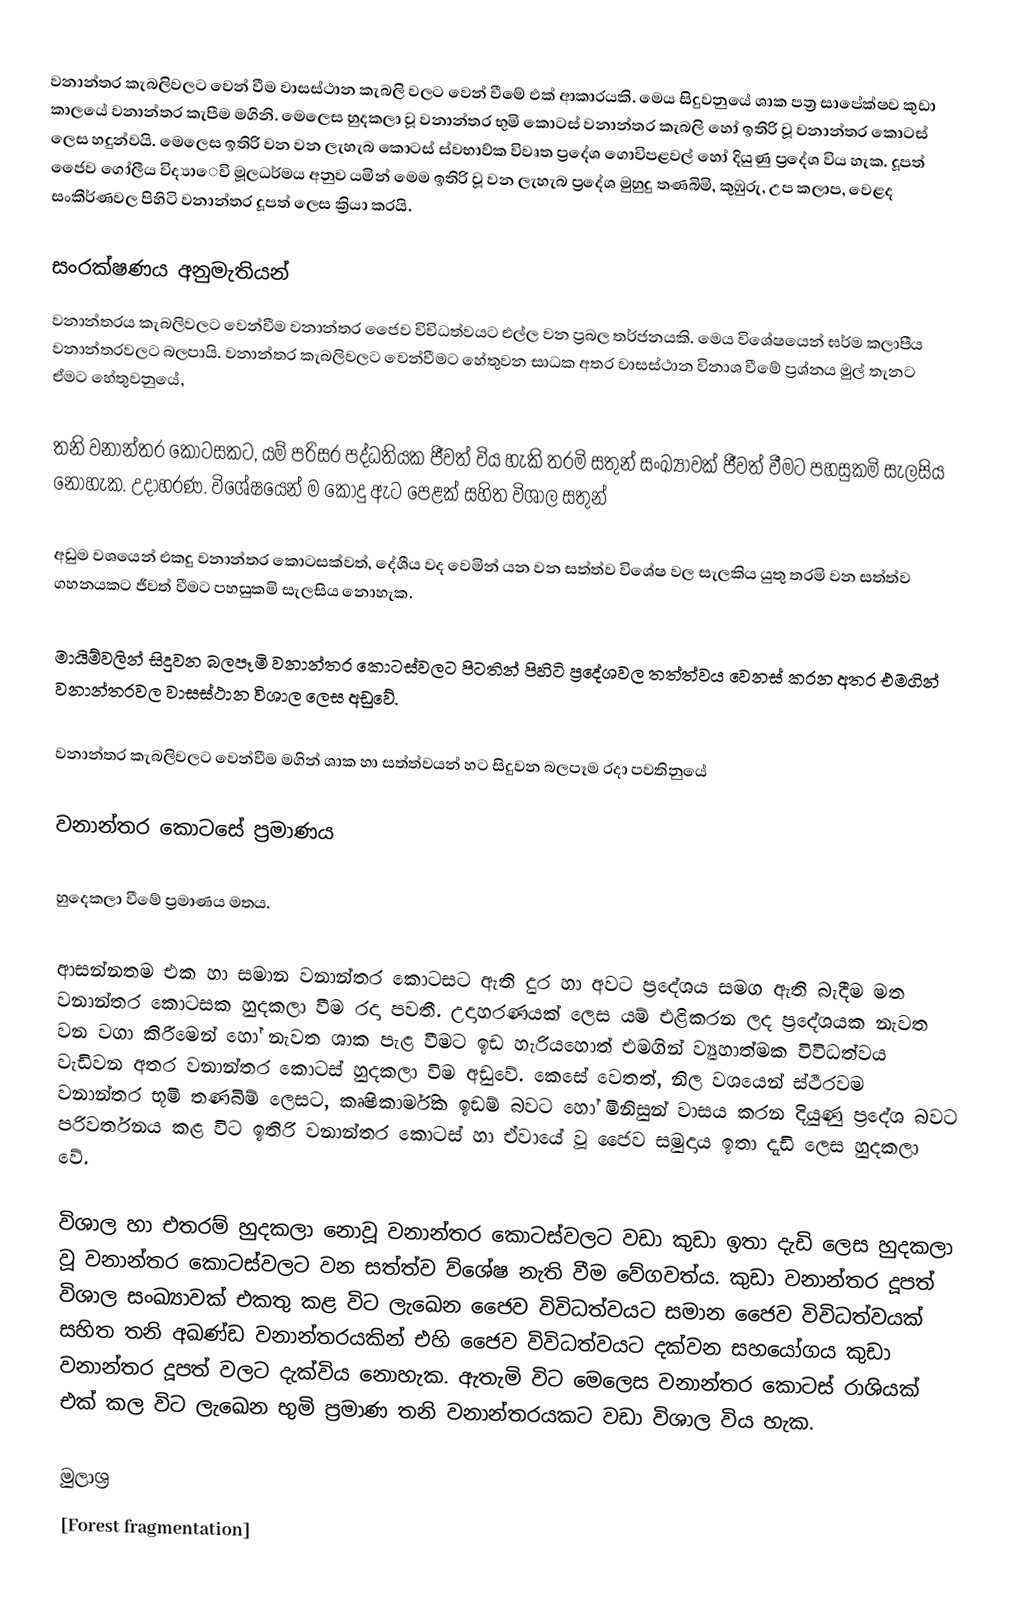
වනාන්තර කැබලිවලට වෙන් වීම වාසස්ථාන කැබලි වලට වෙන් වීමේ එක් ආකාරයකි. මෙය සිදුවනුයේ ශාක පත්‍ර සාපේක්ෂව කුඩා කාලයේ වනාන්තර කැපීම මගිනි. මෙලෙස හුදකලා වූ වනාන්තර භුමි කොටස් වනාන්තර කැබලි හෝ ඉතිරි වූ වනාන්තර කොටස් ලෙස හදුන්වයි. මෙලෙස ඉතිරි වන වන ලැහැබ කොටස් ස්වභාව්ක විවෘත ප්‍රදේශ ගොවිපළවල් හෝ දියුණු ප්‍රදේශ විය හැක. දූපත් ජෛව ගෝලීය විද්‍යාෙවි මූලධර්මය අනුව යමින් මෙම ඉතිරි වූ වන ලැහැබ ප්‍රදේශ මුහුදු තණබිමි, කුඹුරු, උප කලාප, වෙළද සංකීර්ණවල පිහිටි වනාන්තර දූපත් ලෙස ක්‍රියා කරයි.

සංරක්ෂණය අනුමැතියන්
වනාන්තරය කැබලිවලට වෙන්වීම වනාන්තර ජෛව විවිධත්වයට එල්ල වන ප්‍රබල තර්ජනයකි. මෙය විශේෂයෙන් ඝර්ම කලාපීය වනාන්තරවලට බලපායි. වනාන්තර කැබලිවලට වෙන්වීමට හේතුවන සාධක අතර වාසස්ථාන විනාශ වීමේ ප්‍රශ්නය මුල් තැනට ඒමට හේතුවනුයේ,

තනි වනාන්තර කොටසකට, යම් පරිසර පද්ධතියක ජීවත් විය හැකි තරමි සතුන් සංඛ්‍යාවක් ජීවත් වීමට පහසුකමි සැලසිය නොහැක. උදාහරණ. විශේෂයෙන් ම කොදු ඇට පෙළක් සහිත විශාල සතුන්

අඩුම වශයෙන් එකදු වනාන්තර කොටසක්වත්, දේශීය වද වෙමින් යන වන සත්ත්ව විශේෂ වල සැලකිය යුතු තරමි වන සත්ත්ව ගහනයකට ජීවත් වීමට පහසුකමි සැලසිය නොහැක.

මායිම්වලින් සිදුවන බලපෑමි වනාන්තර කොටස්වලට පිටතින් පිහිටි ප්‍රදේශවල තත්ත්වය වෙනස් කරන අතර එමගින් වනාන්තරවල වාසස්ථාන විශාල ලෙස අඩුවේ.

වනාන්තර කැබලිවලට වෙන්වීම මගින් ශාක හා සත්ත්වයන් හට සිදුවන බලපෑම රදා පවතිනුයේ

වනාන්තර කොටසේ ප්‍රමාණය

හුදෙකලා වීමේ ප්‍රමාණය මතය.

ආසන්නතම එක හා සමාන වනාන්තර කොටසට ඇති දුර හා අවට ප්‍රදේශය සමග ඇති බැදීම මත වනාන්තර කොටසක හුදකලා වීම රදා පවතී. උදාහරණයක් ලෙස යම් එළිකරන ලද ප්‍රදේශයක නැවත වන වගා කිරීමෙන් හෝ නැවත ශාක පැළ වීමට ඉඩ හැරියහොත් එමගින් ව්‍යුහාත්මක විවිධත්වය වැඩිවන අතර වනාන්තර කොටස් හුදකලා විම අඩුවේ. කෙසේ වෙතත්, නිල වශයෙන් ස්ථීරවම වනාන්තර භූමි තණබිම් ලෙසට, කෘෂිකාර්මික ඉඩම් බවට හෝ මිනිසුන් වාසය කරන දියුණු ප්‍රදේශ බවට පරිවර්තනය කළ විට ඉතිරි වනාන්තර කොටස් හා ඒවායේ වූ ජෛව සමුදාය ඉතා දැඩි ලෙස හුදකලා වේ.

විශාල හා එතරම් හුදකලා නොවූ වනාන්තර කොටස්වලට වඩා කුඩා ඉතා දැඩි ලෙස හුදකලා වූ වනාන්තර කොටස්වලට වන සත්ත්ව ව්ශේෂ නැති වීම වේගවත්ය. කුඩා වනාන්තර දූපත් විශාල සංඛ්‍යාවක් එකතු කළ විට ලැඛෙන ජෛව විවිධත්වයට සමාන ජෛව විවිධත්වයක් සහිත තනි අඛණ්ඩ වනාන්තරයකින් එහි ජෛව විවිධත්වයට දක්වන සහයෝගය කුඩා වනාන්තර දූපත් වලට දැක්විය නොහැක. ඇතැමි විට මෙලෙස වනාන්තර කොටස් රාශියක් එක් කල විට ලැඛෙන භුමි ප්‍රමාණ තනි වනාන්තරයකට වඩා විශාල විය හැක.

මුලාශ්‍ර
[Forest fragmentation]